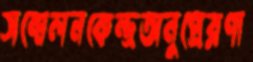
সম্মেলনকেন্দ্রঅনুপ্রেরণা